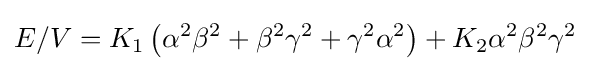
E/V=K_{1}\left(\alpha ^{2}\beta ^{2}+\beta ^{2}\gamma ^{2}+\gamma ^{2}\alpha ^{2}\right)+K_{2}\alpha ^{2}\beta ^{2}\gamma ^{2}